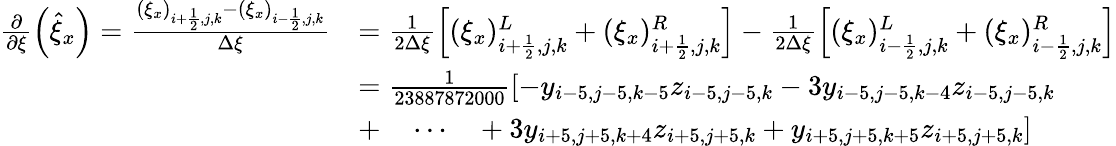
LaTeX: \begin{array}{rl}{\frac{\partial}{\partial\xi}\left(\hat{\xi}_{x}\right)=\frac{(\xi_{x})_{i+\frac{1}{2},j,k}-(\xi_{x})_{i-\frac{1}{2},j,k}}{\Delta\xi}}&{=\frac{1}{2\Delta\xi}\left[(\xi_{x})_{i+\frac{1}{2},j,k}^{L}+(\xi_{x})_{i+\frac{1}{2},j,k}^{R}\right]-\frac{1}{2\Delta\xi}\left[(\xi_{x})_{i-\frac{1}{2},j,k}^{L}+(\xi_{x})_{i-\frac{1}{2},j,k}^{R}\right]}\\ &{=\frac{1}{23887872000}[-y_{i-5,j-5,k-5}z_{i-5,j-5,k}-3y_{i-5,j-5,k-4}z_{i-5,j-5,k}}\\ &{+\quad\cdots\quad+3y_{i+5,j+5,k+4}z_{i+5,j+5,k}+y_{i+5,j+5,k+5}z_{i+5,j+5,k}]}\end{array}